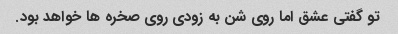
تو گفتی عشق اما روی شن به زودی روی صخره ها خواهد بود.